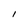
Character: I